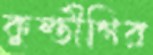
কুস্তীগির